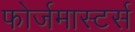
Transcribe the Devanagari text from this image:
फोर्जमास्टर्स